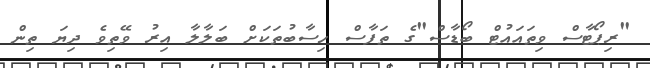
"ރިޕޯޓާސް ވިތައައުޓް ބޯޑާސް"ގެ ތަފާސް ހިސާބުތަކަށް ބަލާލާ އިރު ވޭތިވެ ދިޔަ ތިން